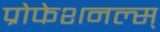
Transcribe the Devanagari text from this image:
प्रोफेशनल्स्